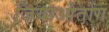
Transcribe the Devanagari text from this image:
जियाओतोंग